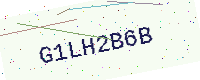
Text: G1LH2B6B